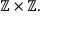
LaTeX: \mathbb { Z } \times \mathbb { Z } .